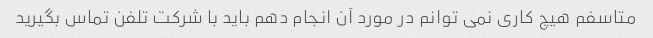
متاسفم هیچ کاری نمی توانم در مورد آن انجام دهم باید با شرکت تلفن تماس بگیرید